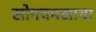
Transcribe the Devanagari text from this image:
सोमचमसाचा